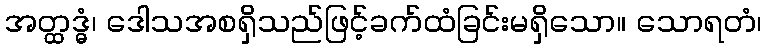
အတ္ထဒ္ဓံ၊ ဒေါသအစရှိသည်ဖြင့်ခက်ထံခြင်းမရှိသော။ သောရတံ၊